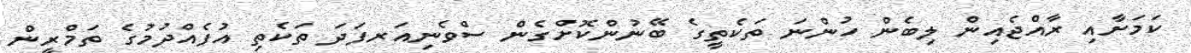
ކަމަށާއި ރާއްޖެއިން ލިބެން ހުންނަ ތަކެތީގެ ބޭނުންކޮށްގެން ސްވެނިއަރފަދަ ތަކެތި އުފެއްދުމުގެ ތަމްރީން